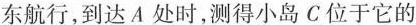
东航行，到达A处时，测得小岛C位于它的